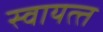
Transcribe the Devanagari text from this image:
स्‍वायत्‍त